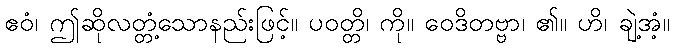
ဧဝံ၊ ဤဆိုလတ္တံ့သောနည်းဖြင့်။ ပဝတ္တိ၊ ကို။ ဝေဒိတဗ္ဗာ၊ ၏။ ဟိ၊ ချဲ့အံ့။